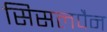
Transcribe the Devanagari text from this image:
सिसलपैन